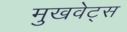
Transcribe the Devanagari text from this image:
मुखवेट्स